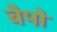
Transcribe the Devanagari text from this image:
बेपो